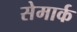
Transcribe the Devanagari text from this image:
सेमार्क